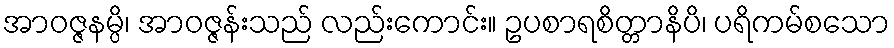
အာဝဇ္ဇနမ္ပိ၊ အာဝဇ္ဇန်းသည် လည်းကောင်း။ ဥပစာရစိတ္တာနိပိ၊ ပရိကမ်စသော